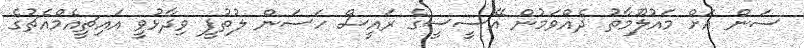
ސަން އަށް މައުލޫމާތު ދެއްވަމުން އޭސީސީގެ ރައީސް ހަސަން ލުތުފީ ވިދާޅުވީ އައިޗީއެމްއެޗުގެ